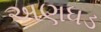
અણધડ